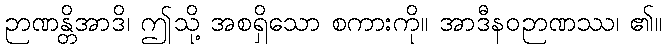
ဉာဏန္တိအာဒိ၊ ဤသို့ အစရှိသော စကားကို။ အာဒီနဝဉာဏဿ၊ ၏။